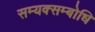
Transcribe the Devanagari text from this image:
सम्यक्सम्बोधि